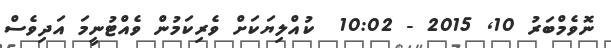
ނޮވެމްބަރު 10